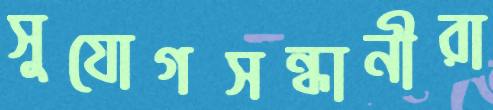
সুযোগসন্ধানীরা